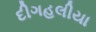
દીગહલીયા